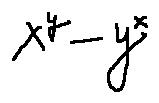
x ^ { y } - y ^ { x }